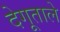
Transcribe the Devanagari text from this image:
देगूताले